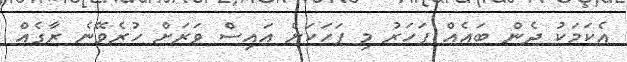
އެކަމަކު ދެން ބައެއް ފަހަރު މި ފަހަކަށް އައިސް ވަރަށް ހުރެވޭނެ ރާގެއް